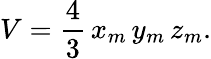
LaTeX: V={\frac{4}{3}}\, x_{m}\, y_{m}\, z_{m}.